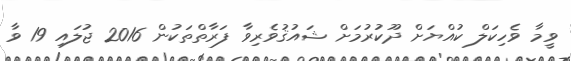
ވީމާ ވެހިކަލް ކުއްޔަށް ދޫކުރުމަށް ޝައުޤުވެރިވާ ފަރާތްތަކުން 2016 ޖުލައި 19 ވާ